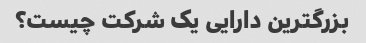
بزرگترین دارایی یک شرکت چیست؟